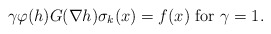
\begin{align*}\gamma\varphi(h)G(\nabla h)\sigma_{k}(x)=f(x)\ {\rm for} \ \gamma=1.\end{align*}